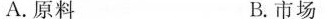
A.原料 B.市场